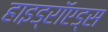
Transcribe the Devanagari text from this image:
हाइड्रॉएड्स